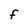
Character: F